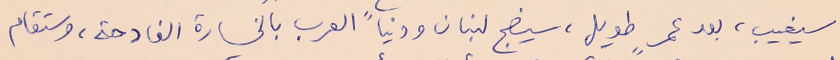
سيغيب، بعد عمرٍ طويل، سيضج لبنان ودنيا العرب بالخسارة الفادحة، وستقام